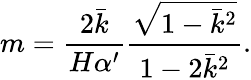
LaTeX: m=\frac{2\bar{k}}{H\alpha^{\prime}}\frac{\sqrt{1-\bar{k}^{2}}}{1-2\bar{k}^{2}}.